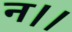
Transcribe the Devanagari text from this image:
न।।